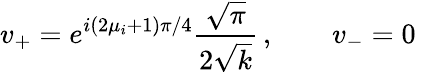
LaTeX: v_{+}=e^{i(2\mu_{i}+1)\pi/4}{\frac{\sqrt{\pi}}{2\sqrt{k}}}\, ,\qquad v_{-}=0\,